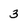
Character: 3